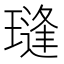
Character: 㻱